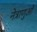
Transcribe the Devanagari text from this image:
नेत्राणुओं